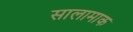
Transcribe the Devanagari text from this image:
सालामाक